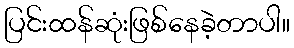
ပြင်းထန်ဆုံးဖြစ်နေခဲ့တာပါ။